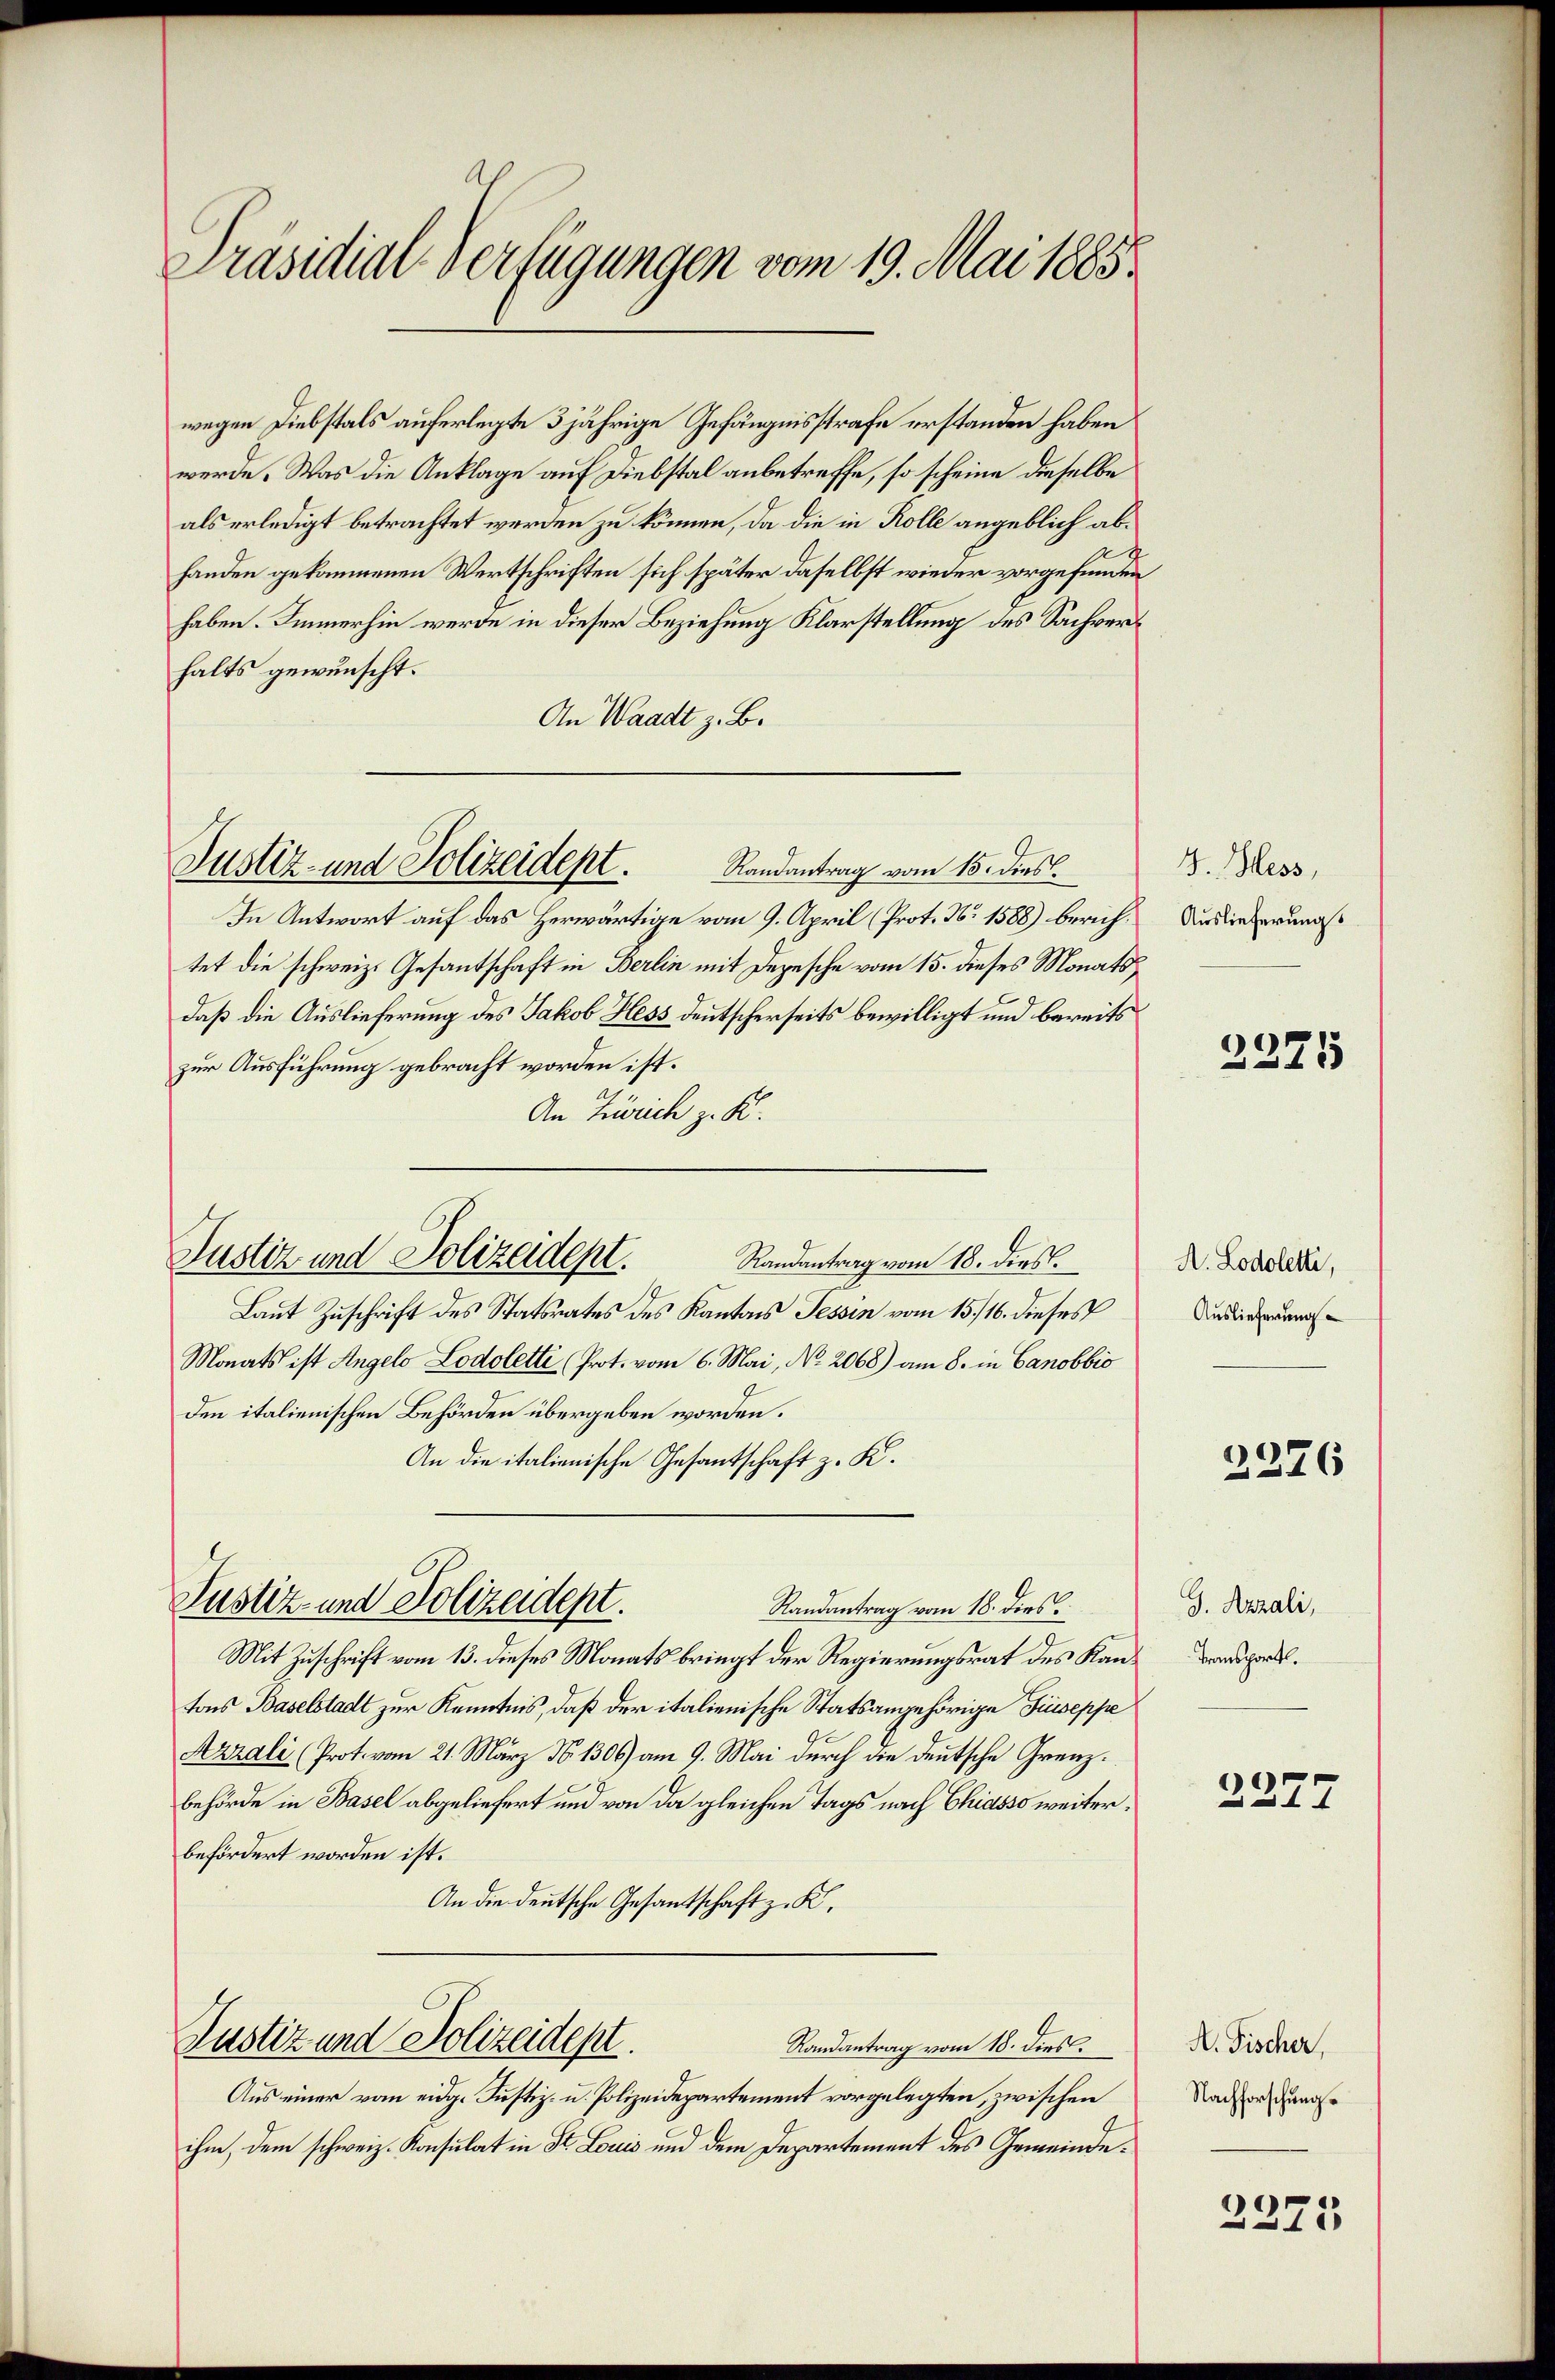
Präsidial-Verfügungen vom 19. Mai 1885.

wegen Diebstals auferlegte 3 jährige Gefängnisstrafe erstanden haben
werde. Was die Anklage auf Diebstal anbetreffe, so scheine dieselbe
als erledigt betrachtet werden zu können, da die in Rolle angeblich ab¬
A
handen gekommenen Wertschriften sich später daselbst wieder vorgefunden
haben. Immerhin werde in dieser Beziehung Klarstellung des Sachverhalts gewünscht.
An Waadt z. B.

Justiz- und Polizeidept. Randantrag vom 15. dies

In Antwort auf das Herwärtige vom 9. April (Prot. No 1588) berichtet die schweiz. Gesantschaft in Berlin mit Depesche vom 15. dieses Monats
daß die Auslieferung des Jakob Hess deutscherseits bewilligt und bereits
zur Ausführung gebracht worden ist.
An Zürich z. K.
Laut Zuschrift des Statsrates des Kantons Tessin vom 15. 16. dieses
Monats ist Angelo Lodoletti (Prot. vom 6. Mai, No. 2068) am 8. in Canobbio
den italienischen Behörden übergeben worden.
An die italienische Gesantschaft z. K.
Justiz- und Polizeidept.
Randantrag vom 18. dies
Mit Zuschrift vom 13. dieses Monats bringt der Regierungsrat des Kantons Baselstadt zur Kenntnis, daß der italienische Statsangehörige Giuseppe
Azzali (Prot. vom 21. März N. 1306) am 9. Mai durch die deutsche Grenzbehörde in Basel abgeliefert und von da gleichen Tags nach Chiasso weiterbefördert worden ist.
An die deutsche Gesantschaft z. K.
Justiz und Polizeidept.
Randantrag vom 18. dies
Aus einer vom eidg. Justiz- u. Polizeidepartement vorgelegten, zwischen
ihm, dem schweiz. Konsulat in St. Louis und dem Departement des Gemeinde¬

Justiz und Polizeidept.
Randantrag vom 18. dies

3. Hess,
Auslieferungs

2371

A. Lodoletti,
Auslieferung

2276

G. Azzali,
Transport.

2277

A. Fischer,
Nachforschung.

2375